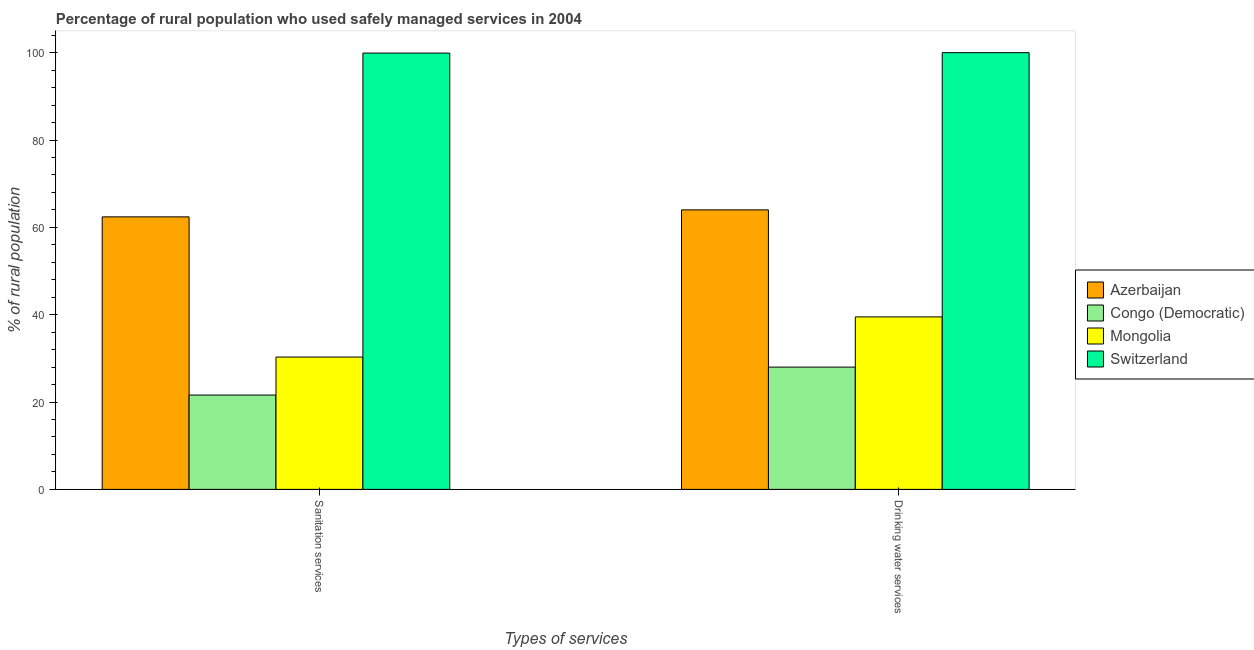
| Types of services | Azerbaijan | Congo (Democratic) | Mongolia | Switzerland |
 | --- | --- | --- | --- | --- |
 | Sanitation services | 62.4 | 21.6 | 30.3 | 99.9 |
 | Drinking water services | 64 | 28 | 39.5 | 100 |